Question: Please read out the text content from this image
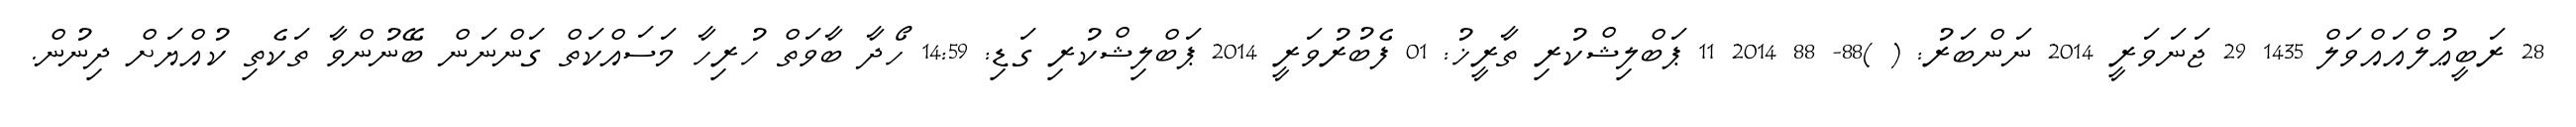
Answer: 28 ރަބީޢުލްއައްވަލް 1435 29 ޖަނަވަރީ 2014 ނަންބަރު: ( )88- 88 2014 11 ޕަބްލިޝްކުރި ތާރީޚު: 01 ފެބުރުވަރީ 2014 ޕަބްލިޝްކުރި ގަޑި: 14:59 ހޯދާ ބާވަތް ހުރިހާ މަސައްކަތް ގަންނަން ބޭނުންވާ ތަކެތި ކުއްޔަށް ދިނުން.